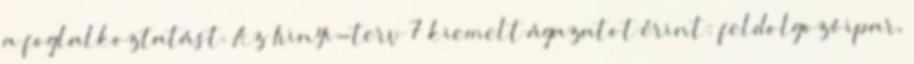
a foglalkoztatást. Az Irinyi-terv 7 kiemelt ágazatot érint: feldolgozóipar,